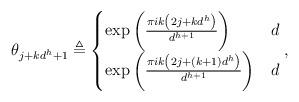
LaTeX: \begin{align*}\theta_{j+kd^h+1} \triangleq \begin{cases}\exp\left(\frac{\pi ik \left(2j+kd^h\right)}{d^{h+1}}\right) & d \\\exp\left(\frac{\pi ik \left(2j+\left(k+1\right)d^h\right)}{d^{h+1}}\right) & d\end{cases},\end{align*}